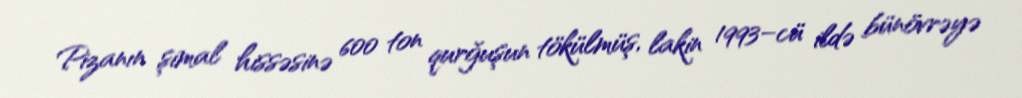
Pizanın şimal hissəsinə 600 ton qurğuşun tökülmüş, lakin 1993–cü ildə bünövrəyə